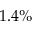
1 . 4 \%